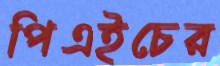
পিএইচের